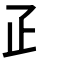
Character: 𤴔